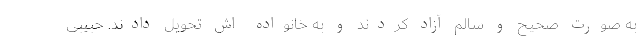
به صورت صحیح و سالم آزاد کردند و به خانواده اش تحویل دادند. حبیبی